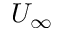
U _ { \infty }